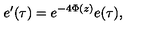
e ^ { \prime } ( \tau ) = e ^ { - 4 \Phi ( z ) } e ( \tau ) ,